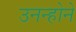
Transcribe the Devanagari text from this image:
उनन्होने